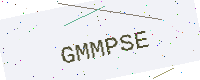
Text: GMMPSE